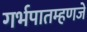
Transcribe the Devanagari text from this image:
गर्भपातम्हणजे